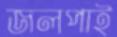
জলপাই